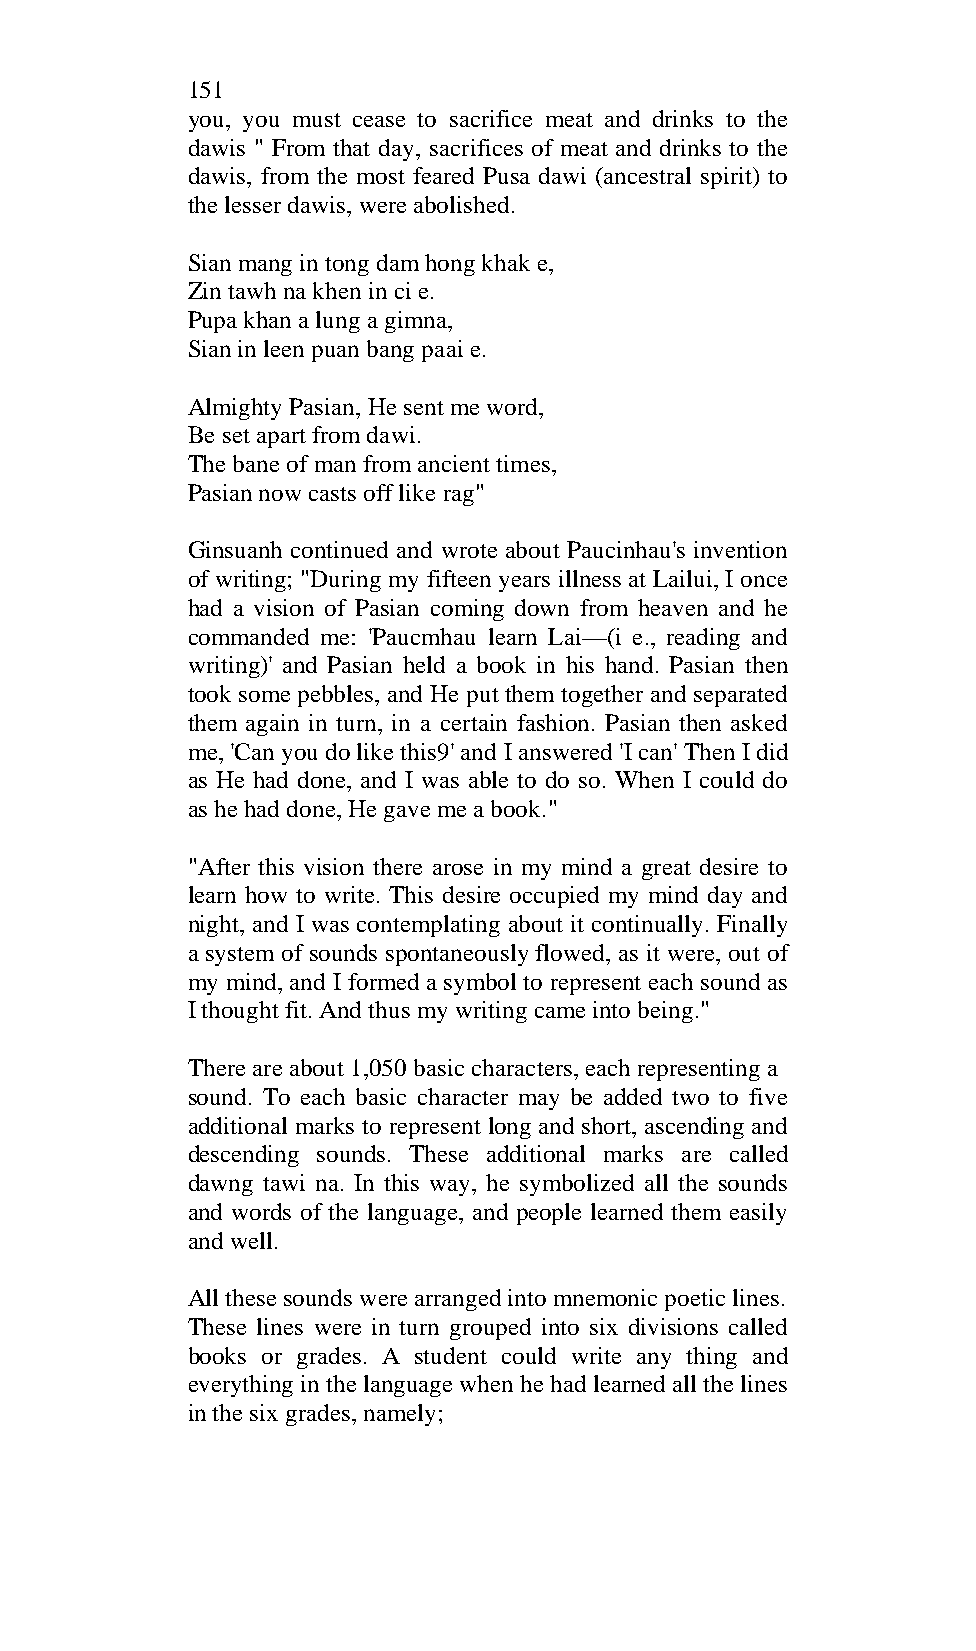
151
 you, you must cease to sacrifice meat and drinks to the
 dawis " From that day, sacrifices of meat and drinks to the
 dawis, from the most feared Pusa dawi (ancestral spirit) to
 the lesser dawis, were abolished.
 Sian mang in tong dam hong khak e,
 Zin tawh na khen in ci e.
 Pupa khan a lung a gimna,
 Sian in leen puan bang paai e.
 Almighty Pasian, He sent me word,
 Be set apart from dawi.
 The bane of man from ancient times,
 Pasian now casts off like rag"
 Ginsuanh continued and wrote about Paucinhau's invention
 of writing; "During my fifteen years illness at Lailui, I once
 had a vision of Pasian coming down from heaven and he
 commanded me: 'Paucmhau learn Lai—(i e., reading and
 writing)' and Pasian held a book in his hand. Pasian then
 took some pebbles, and He put them together and separated
 them again in turn, in a certain fashion. Pasian then asked
 me, 'Can you do like this9' and I answered 'I can' Then I did
 as He had done, and I was able to do so. When I could do
 as he had done, He gave me a book."
 "After this vision there arose in my mind a great desire to
 learn how to write. This desire occupied my mind day and
 night, and I was contemplating about it continually. Finally
 a system of sounds spontaneously flowed, as it were, out of
 my mind, and I formed a symbol to represent each sound as
 I thought fit. And thus my writing came into being."
 There are about 1,050 basic characters, each representing a
 sound. To each basic character may be added two to five
 additional marks to represent long and short, ascending and
 descending sounds. These additional marks are called
 dawng tawi na. In this way, he symbolized all the sounds
 and words of the language, and people learned them easily
 and well.
 All these sounds were arranged into mnemonic poetic lines.
 These lines were in turn grouped into six divisions called
 books or grades. A student could write any thing and
 everything in the language when he had learned all the lines
 in the six grades, namely;